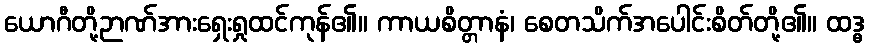
ယောဂီတို့ဉာဏ်အားရှေးရှုထင်ကုန်၏။ ကာယစိတ္တာနံ၊ စေတသိက်အပေါင်းစိတ်တို့၏။ ထဒ္ဓ